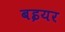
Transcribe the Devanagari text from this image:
बइयर